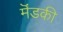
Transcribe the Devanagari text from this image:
मॆंडकी